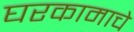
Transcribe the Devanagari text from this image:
घरकामाचे